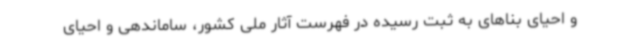
و احیای بناهای به ثبت رسیده در فهرست آثار ملی کشور، ساماندهی و احیای